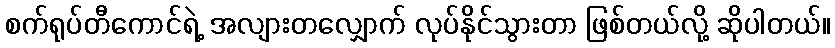
စက်ရုပ်တီကောင်ရဲ့ အလျားတလျှောက် လုပ်နိုင်သွားတာ ဖြစ်တယ်လို့ ဆိုပါတယ်။